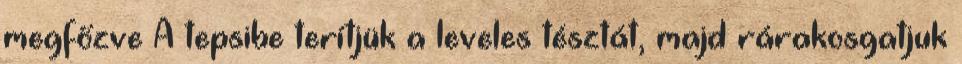
megfőzve A tepsibe terítjük a leveles tésztát, majd rárakosgatjuk